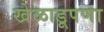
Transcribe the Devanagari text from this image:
खेळाडूपणा